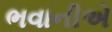
ભવાનીએ